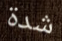
شدة